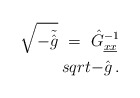
\begin{align*}\sqrt{-\tilde{\hat{g}}}\ =\ \hat{G}_{\underline{x}\underline{x}}^{-1}\\sqrt{-\hat{g}}\, .\end{align*}